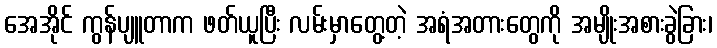
အေအိုင် ကွန်ပျူတာက ဖတ်ယူပြီး လမ်းမှာတွေ့တဲ့ အရံအတားတွေကို အမျိုးအစားခွဲခြား၊